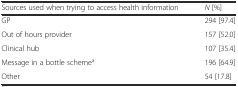
<table><thead><tr><td><b>Sources used when trying to access health information</b></td><td><b><i>N</i> [%]</b></td></tr></thead><tbody><tr><td>GP</td><td>294 [97.4]</td></tr><tr><td>Out of hours provider</td><td>157 [52.0]</td></tr><tr><td>Clinical hub</td><td>107 [35.4]</td></tr><tr><td>Message in a bottle scheme<sup>a</sup></td><td>196 [64.9]</td></tr><tr><td>Other</td><td>54 [17.8]</td></tr></tbody></table>